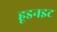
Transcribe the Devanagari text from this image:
हूडनइट